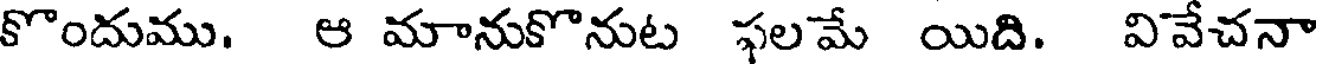
కొందుము. ఆ మానుకొనుట ఫలమే యిది. వివేచనా